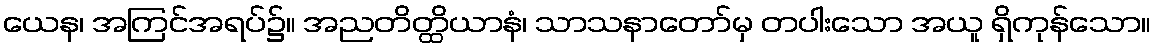
ယေန၊ အကြင်အရပ်၌။ အညတိတ္ထိယာနံ၊ သာသနာတော်မှ တပါးသော အယူ ရှိကုန်သော။